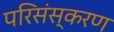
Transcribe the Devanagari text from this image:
परिसंस्करण